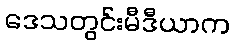
ဒေသတွင်းမီဒီယာက